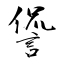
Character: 諐